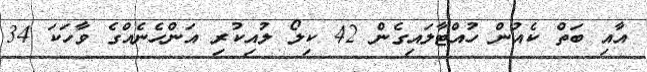
އާއި ބަތް ކެއުން ހުއްޓާލައިގެން 42 ކިލޯ ލުއިކުރި އަންހެނެއްގެ ވާހަކަ 34